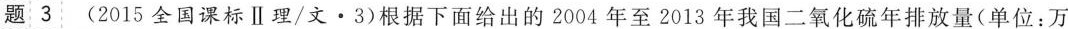
题3 (2015全国课标Ⅱ理/文\cdot3)根据下面给出的2004年至2013年我国二氧化硫年排放量(单位：万